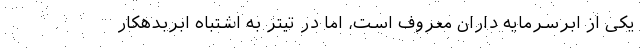
یکی از ابرسرمایه داران معروف است، اما در تیتر به اشتباه ابربدهکار